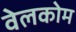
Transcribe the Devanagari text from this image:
वेलकोम